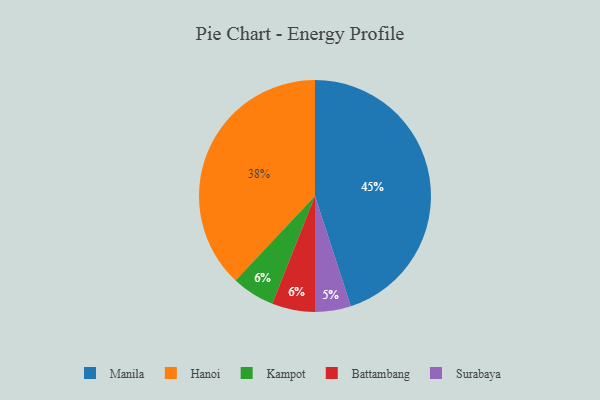
{"axis": {"x": "Category", "y": "Percentage"}, "legend": ["Battambang", "Hanoi", "Kampot", "Manila", "Surabaya"], "data": [{"x": "Kampot", "y": 6, "type": "Kampot"}, {"x": "Hanoi", "y": 38, "type": "Hanoi"}, {"x": "Manila", "y": 45, "type": "Manila"}, {"x": "Battambang", "y": 6, "type": "Battambang"}, {"x": "Surabaya", "y": 5, "type": "Surabaya"}]}